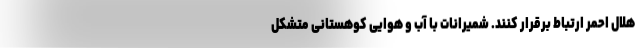
هلال احمر ارتباط برقرار کنند. شمیرانات با آب و هوایی کوهستانی متشکل